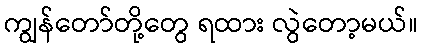
ကျွန်တော်တို့တွေ ရထား လွဲတော့မယ်။